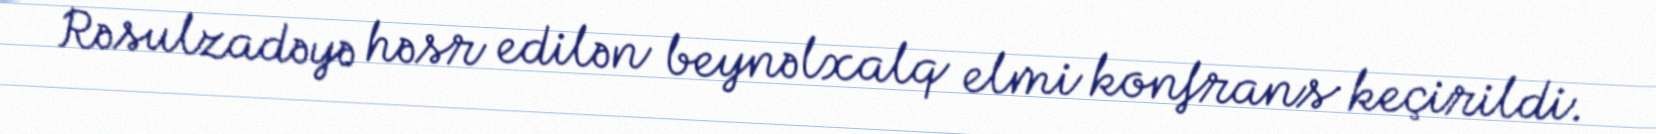
Rəsulzadəyə həsr edilən beynəlxalq elmi konfrans keçirildi.